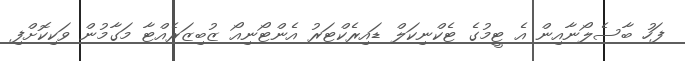
ފަހު ބާސެލޯނާއިން އެ ޓީމުގެ ޓެކްނިކަލް ޑައިރެކްޓަރު އެންޓޯނިއޯ ޒުބިޒަރެއްޓާ މަގާމުން ވަކިކޮށްފި